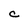
Character: C